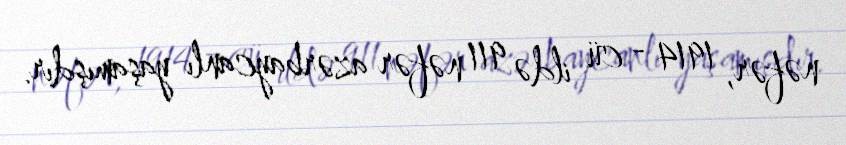
nəfər, 1914 - cü ildə 911 nəfər azərbaycanlı yaşamışdır.